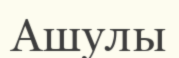
Ашулы